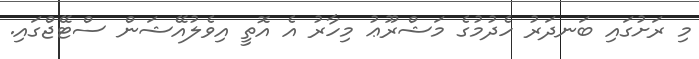
މި ރަށުގައި ބަނދަރު ހެދުމުގެ މަޝްރޫޢު މިހާރު އެ އޮތީ އިވެލުއޭޝަން ސްޓޭޖްގައި.